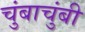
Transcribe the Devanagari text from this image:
चुंबाचुंबी